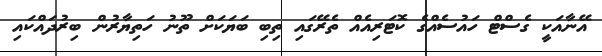
އޭނާއަކީ ގެސްޓް ހައުސެއްގެ ކޮޓަރިއެއް ތެރޭގައި ތިބި ބަޔަކަށް ތޫނު ހަތިޔާރުން ބިރުދައްކައި